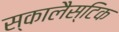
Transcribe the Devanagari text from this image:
स्कालैस्टिक